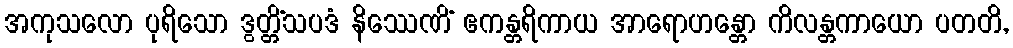
အကုသလော ပုရိသော ဒွတ္တိံသပဒံ နိဿေဏိံ ဧကန္တရိကာယ အာရောဟန္တော ကိလန္တကာယော ပတတိ,